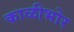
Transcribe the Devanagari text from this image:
काळीभोर